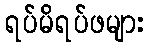
ရပ်မိရပ်ဖများ